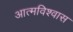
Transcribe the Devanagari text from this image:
आत्‍मविश्‍वास